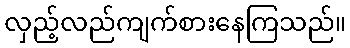
လှည့်လည်ကျက်စားနေကြသည်။